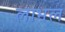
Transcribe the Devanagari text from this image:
लाभल